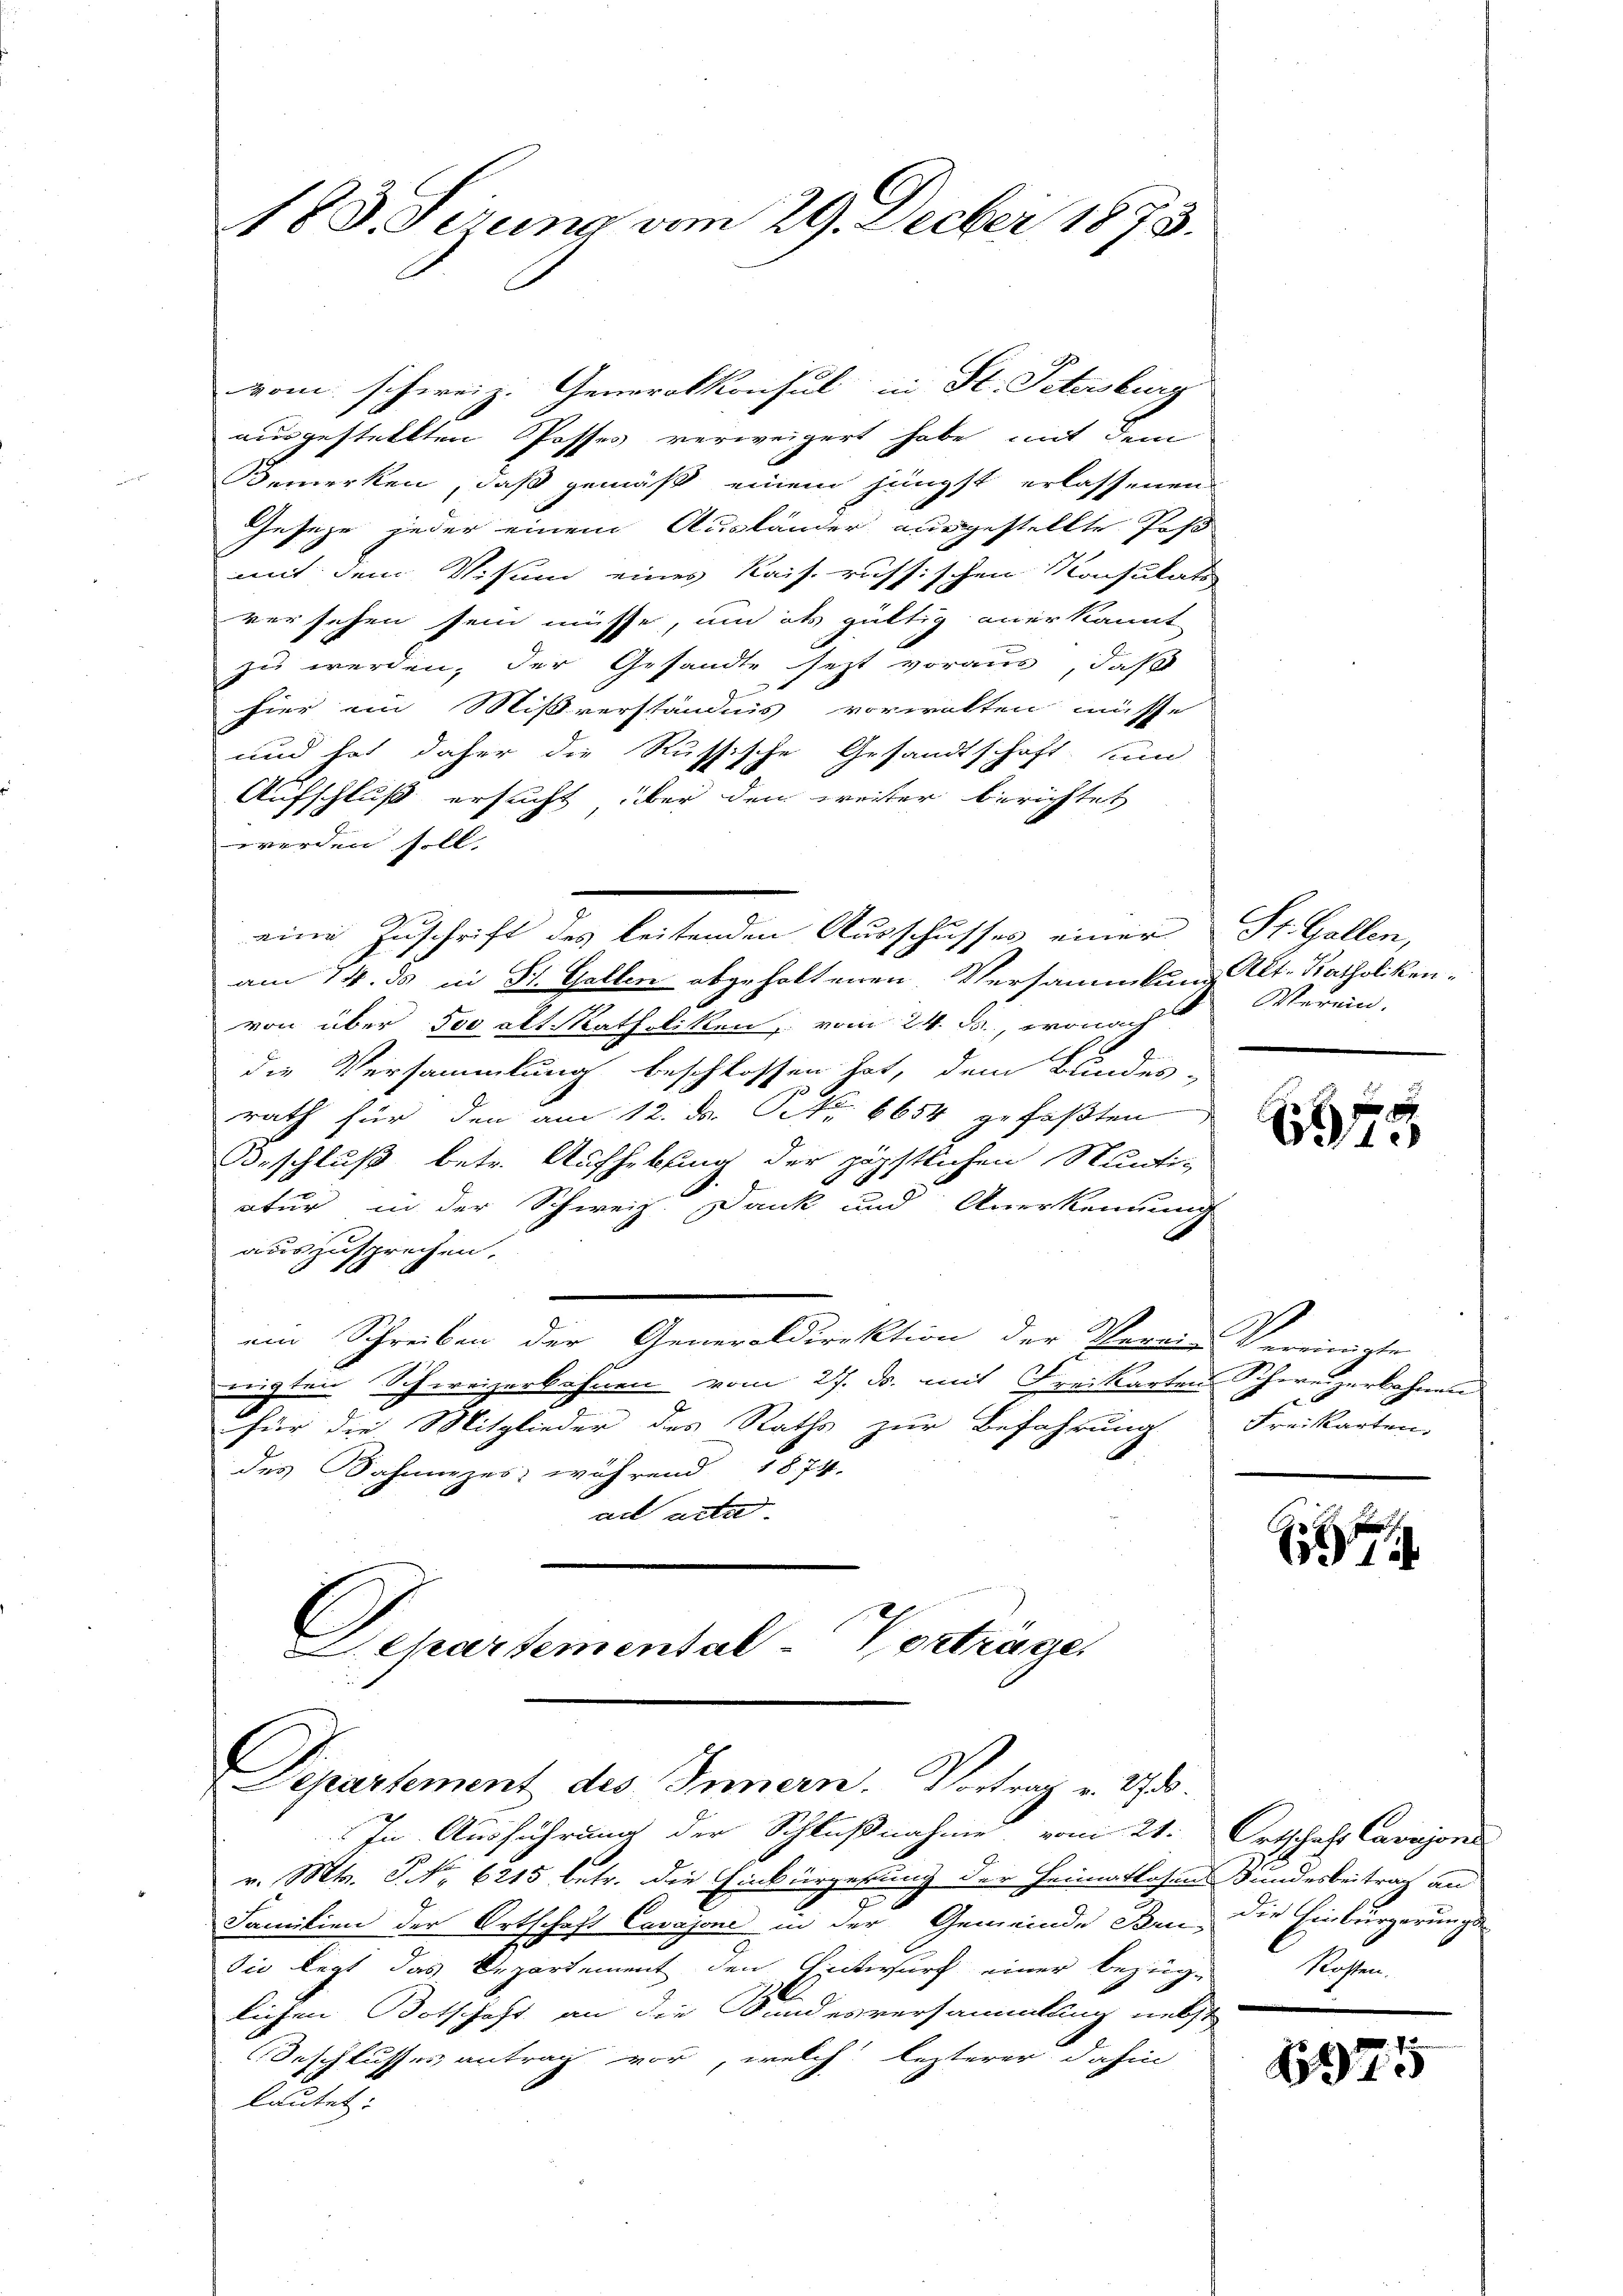
vom schweiz. Generalkonsul in St. Petersburg
ausgestellten Posses verweigert habe mit dem
Bemerken, daß gemäß einem jüngst erlassenen
Geseze jeder einem Ausländer ausgestellte Pos
mit dem Visum eines Kais. russischen Konsulats
ver sehen sein müsse, und als gültig anerkannt
zu werden, der Gesandte sezt voraus, daß
hier ein Missverständnis vorwalten müsse
und hat daher die Russische Gesandtschaft, um
Aufschluß ersucht über den weiter berichtet
werden soll.
eine Zuschrift des leitenden Ausschusses einer
am 14. ds in St. Gallen abgeholtenen Versammlung lt. Katholiken-
von über 500 alt Katholiken vom 24. M., wonach
die Versammlung beschlossen hat, dem Bundes-
rath für den am 12. d. P. Nr. 6654 gefaßten
Beschluß betr. Aufhebung der päpstlichen Suntiatur in der Schweiz. Dank und Anerkennung
auszusprechen.
ein Schreiben der Generaldirektion der Verein Vereinigte
u
nigten Schweizerbahnen vom 27. ds. mit Freikarten Schweizerbahnen
für die Mitglieder des Raths zur Befahrung Freikarten.
des Bahnizes während 1874.
ad acta
Departemental Verträger

183. Sirung vom 29. Decber 1873.

Departement des Innern. Vortrag v. 270.

In Ausführung der Schlußnahme vom 21. Ortschaft Carajon
v. Mts. No 6215 betr. die Einbürgerung der Heimatlosen Bundesbeitrag an
Familien der Ortschaft Cavajone in der Gemeinde Bern, die Einbürgerungs¬
Sie legt das Departement den Entwurf einer bezügen Rossen,
lichen Botschaft an die Bundesversammlung nebst
Beschlusses antrag vor, welch lezterer dahin
lautet:

St. Gallen,
Verein.

h
1

5

1974